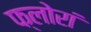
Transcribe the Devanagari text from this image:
फ्लोरां